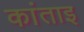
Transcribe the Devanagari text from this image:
कांताइ